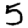
Digit: 5